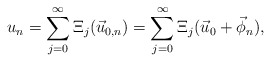
\begin{align*} u_n & = \sum_{j = 0}^\infty \Xi_j (\vec u_{0, n}) = \sum_{j = 0}^\infty \Xi_j (\vec u_{0} + \vec \phi_n), \end{align*}